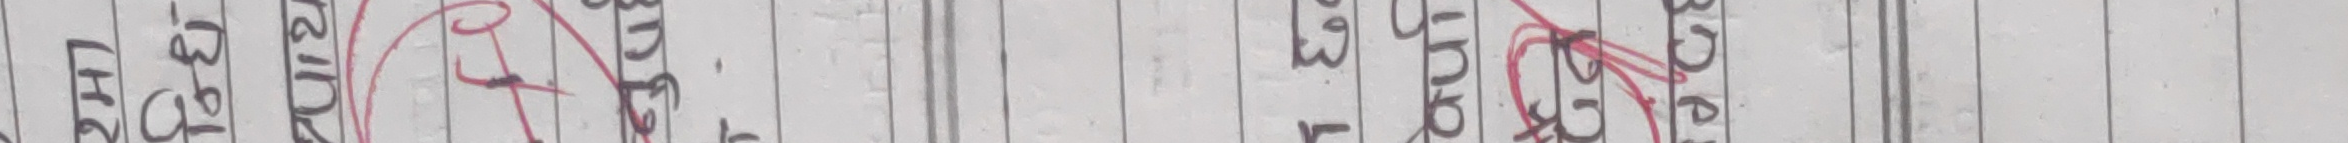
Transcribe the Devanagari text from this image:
पु १७ ट
२९१ H २
अंग्रेज रंच ३५ म
३ अंगुल
अष्टक २० अवटक